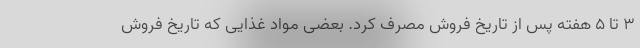
۳ تا ۵ هفته پس از تاریخ فروش مصرف کرد. بعضی مواد غذایی که تاریخ فروش